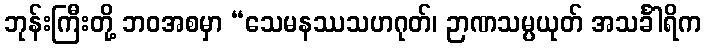
ဘုန်းကြီးတို့ ဘဝအစမှာ “သေမနဿသဟဂုတ်၊ ဉာဏသမ္ပယုတ် အသင်္ခါရိက